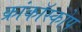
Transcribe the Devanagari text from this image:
क्रांकॉस्कोप